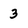
Character: 3